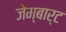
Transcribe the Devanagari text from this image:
जेम्बार्ट